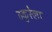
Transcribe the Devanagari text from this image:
ठकुरेला